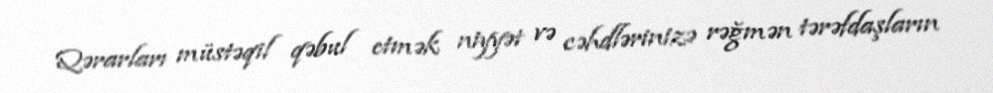
Qərarları müstəqil qəbul etmək niyyət və cəhdlərinizə rəğmən tərəfdaşların